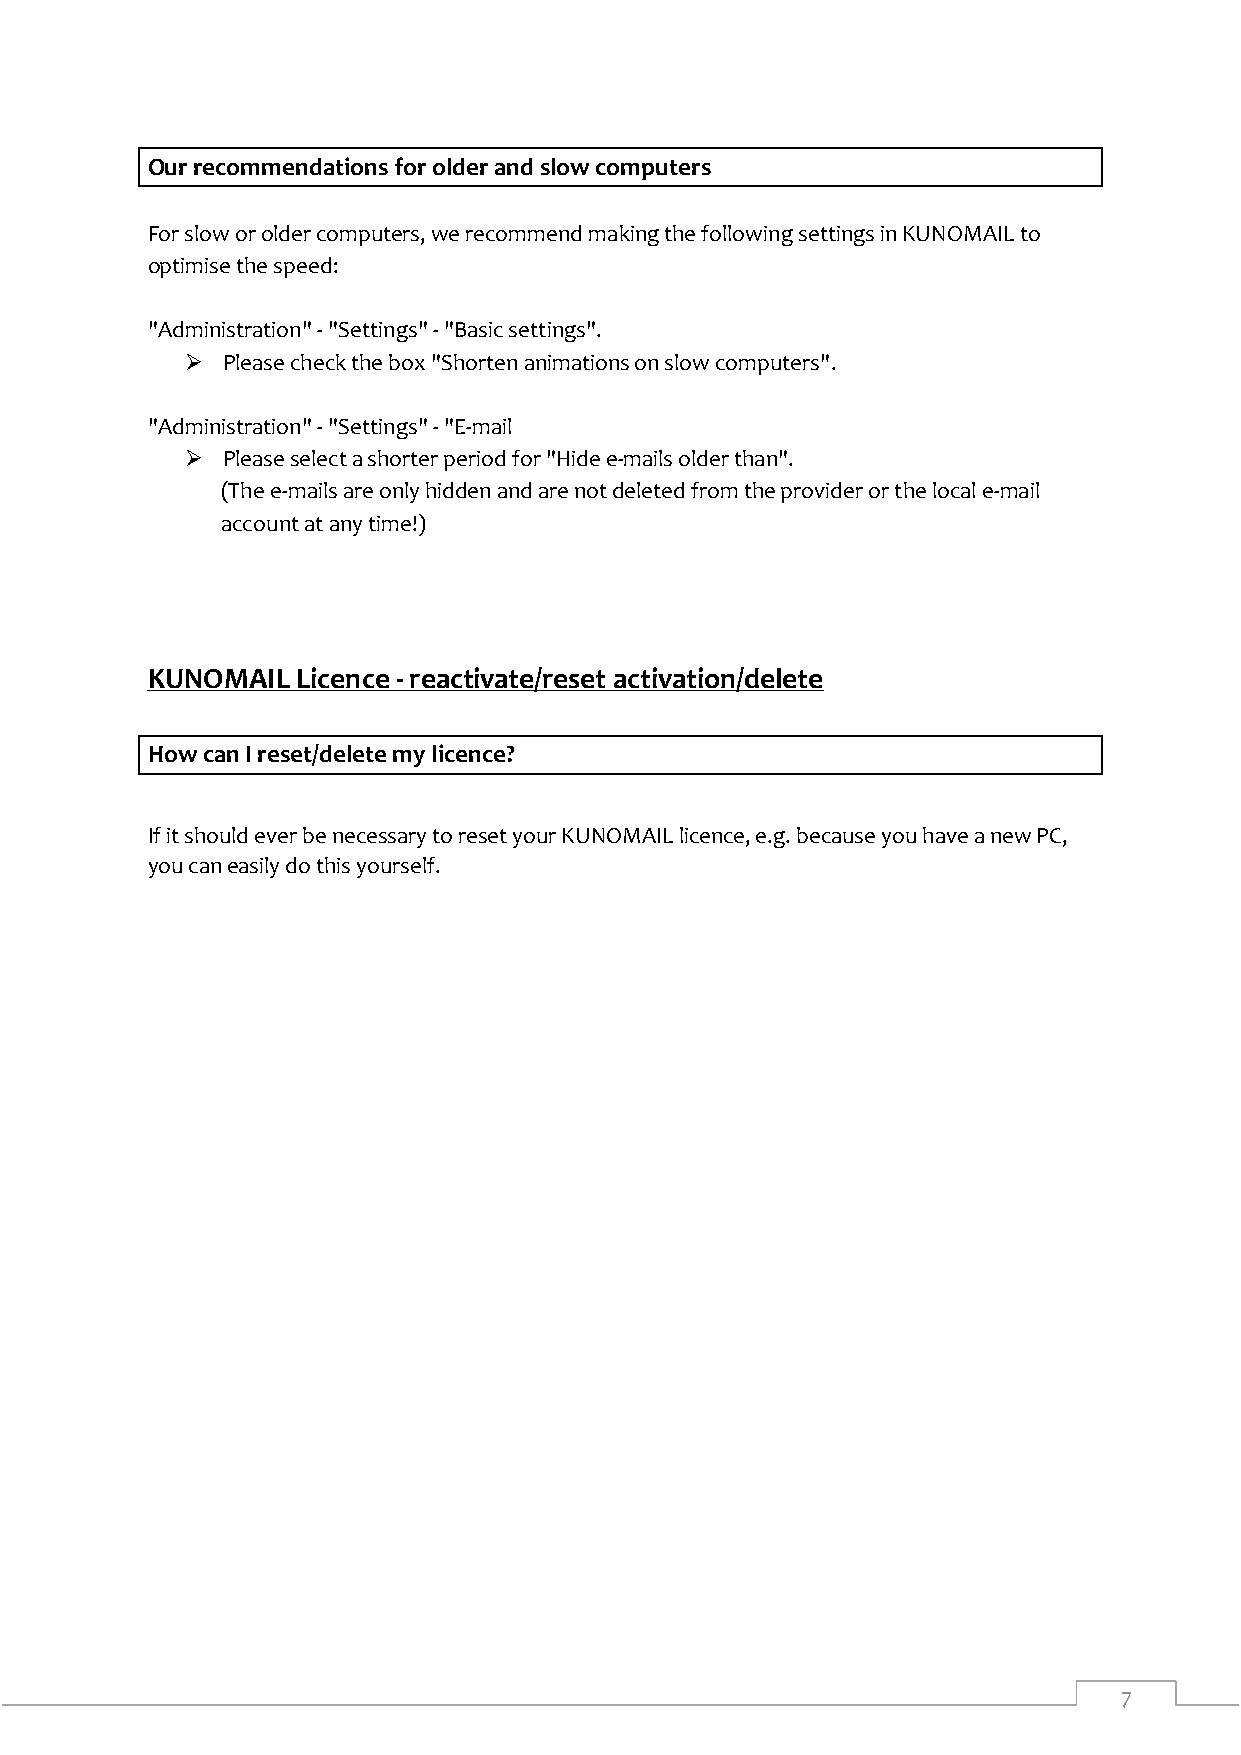
Our recommendations for older and slow computers
 For slow or older computers, we recommend making the following settings in KUNOMAIL to
 optimise the speed:
 "Administration" - "Settings" - "Basic settings".
   Please check the box "Shorten animations on slow computers".
 "Administration" - "Settings" - "E-mail
   Please select a shorter period for "Hide e-mails older than".
 (The e-mails are only hidden and are not deleted from the provider or the local e-mail
 account at any time!)
 KUNOMAIL  Licence - reactivate/reset activation/delete
 How can I reset/delete my licence?
 If it should ever be necessary to reset your KUNOMAIL licence, e.g. because you have a new PC,
 you can easily do this yourself.
 7